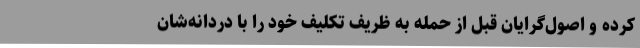
کرده و اصول‌گرایان قبل از حمله به ظریف تکلیف خود را با دُردانه‌شان